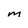
Character: M